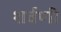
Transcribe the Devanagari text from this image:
शर्वणी